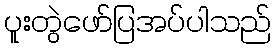
ပူးတွဲဖော်ပြအပ်ပါသည်